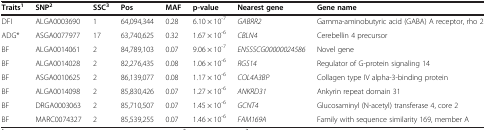
<table><thead><tr><td><b>Traits<sup>1</sup></b></td><td><b>SNP<sup>2</sup></b></td><td><b>SSC<sup>3</sup></b></td><td><b>Pos</b></td><td><b>MAF</b></td><td><b>p-value</b></td><td><b>Nearest gene</b></td><td><b>Gene name</b></td></tr></thead><tbody><tr><td>DFI</td><td>ALGA0003690</td><td>1</td><td>64,094,344</td><td>0.28</td><td>6.10 × 10<sup>-7</sup></td><td><i>GABRR2</i></td><td>Gamma-aminobutyric acid (GABA) A receptor, rho 2</td></tr><tr><td>ADG*</td><td>ASGA0077977</td><td>17</td><td>63,740,625</td><td>0.32</td><td>1.67 × 10<sup>-6</sup></td><td><i>CBLN4</i></td><td>Cerebellin 4 precursor</td></tr><tr><td>BF</td><td>ALGA0014061</td><td>2</td><td>84,789,103</td><td>0.07</td><td>9.06 × 10<sup>-7</sup></td><td><i>ENSSSCG00000024586</i></td><td>Novel gene</td></tr><tr><td>BF</td><td>ALGA0014028</td><td>2</td><td>82,276,435</td><td>0.08</td><td>1.06 × 10<sup>-6</sup></td><td><i>RGS14</i></td><td>Regulator of G-protein signaling 14</td></tr><tr><td>BF</td><td>ASGA0010625</td><td>2</td><td>86,139,077</td><td>0.08</td><td>1.17 × 10<sup>-6</sup></td><td><i>COL4A3BP</i></td><td>Collagen type IV alpha-3-binding protein</td></tr><tr><td>BF</td><td>ALGA0014098</td><td>2</td><td>85,830,426</td><td>0.07</td><td>1.27 × 10<sup>-6</sup></td><td><i>ANKRD31</i></td><td>Ankyrin repeat domain 31</td></tr><tr><td>BF</td><td>DRGA0003063</td><td>2</td><td>85,710,507</td><td>0.07</td><td>1.45 × 10<sup>-6</sup></td><td><i>GCNT4</i></td><td>Glucosaminyl (N-acetyl) transferase 4, core 2</td></tr><tr><td>BF</td><td>MARC0074327</td><td>2</td><td>85,539,255</td><td>0.07</td><td>1.46 × 10<sup>-6</sup></td><td><i>FAM169A</i></td><td>Family with sequence similarity 169, member A</td></tr></tbody></table>